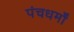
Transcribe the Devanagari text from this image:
पंचधर्मों